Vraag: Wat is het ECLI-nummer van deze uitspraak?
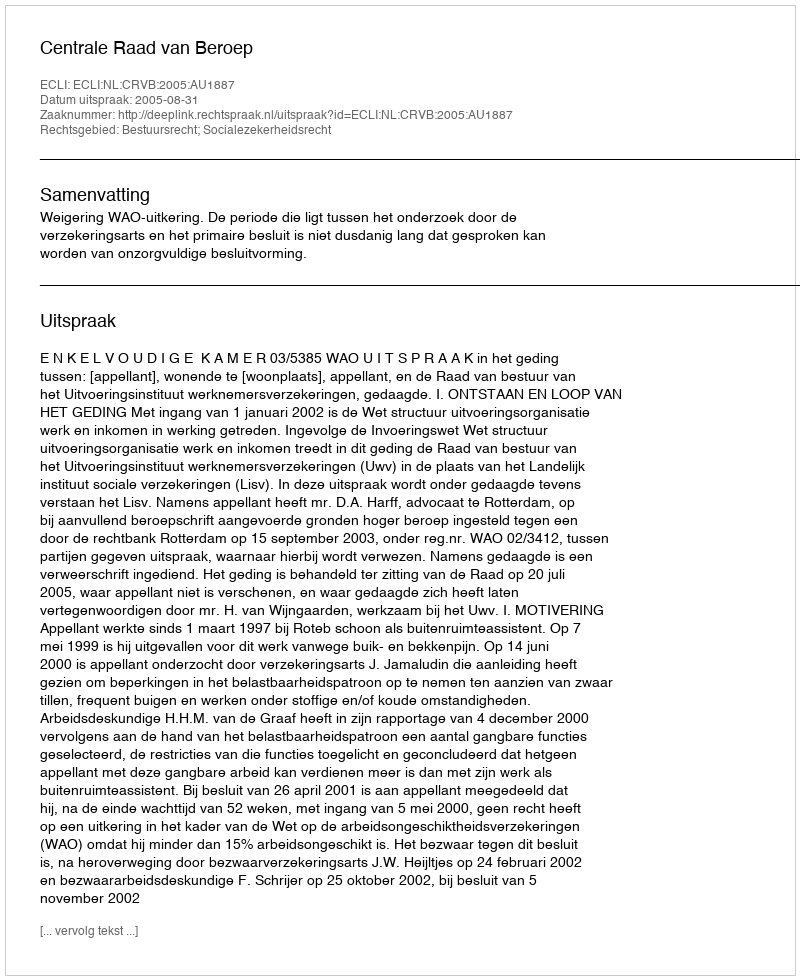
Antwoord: ECLI:NL:CRVB:2005:AU1887